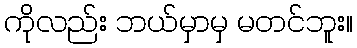
ကိုလည်း ဘယ်မှာမှ မတင်ဘူး။